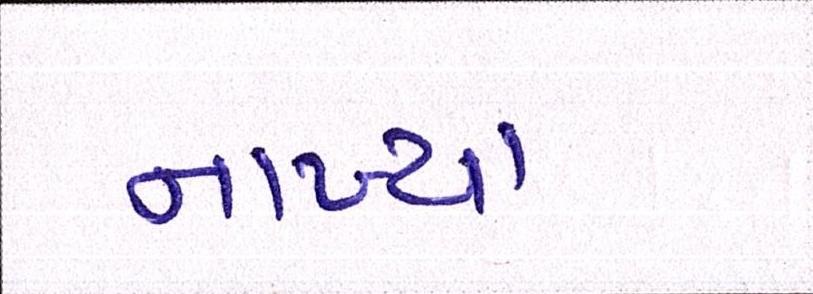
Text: નાખ્યા